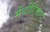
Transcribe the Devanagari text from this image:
मेंथोडिकल